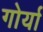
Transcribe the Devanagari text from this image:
गोर्या